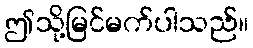
ဤသို့မြင်မက်ပါသည်။